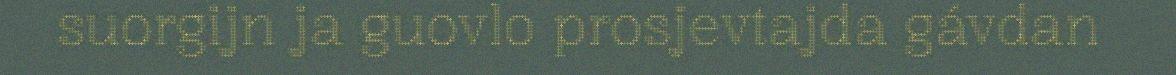
suorgijn ja guovlo prosjevtajda gávdan